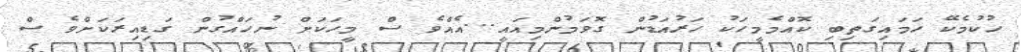
ހުކުމެކޭ ހަމައިގަތިބި ކޮއްމެމީހަކު ހަރުއަޑުން ގޮވަމުންމިއައީ...އެއްވެ ސް މީހަކަށް ނުހައްގުން ގަޑިއިރަކަށްވެ ސް